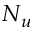
N _ { u }